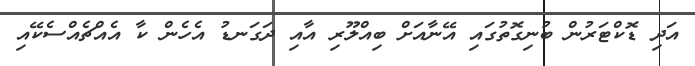
އަދި ޑޮކްޓަރުން ބުނިގޮތުގައި އޭނާއަށް ބިއްލޫރި އާއި ދަގަނޑު އެހެން ކާ އެއްޗެއްސެކޭއި